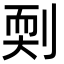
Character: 㓴